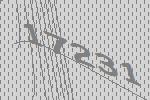
17231